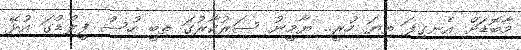
މާބޮޑަށް އެނގިފަ ތިޔަ ހުރީ.. ޔާމީނު ސަރުކާރުގަ ތިބީ ހުސް ފީލްޑްގަ އުޅޭ